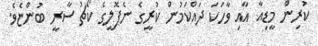
ކުރިން މީޑިއާ އާއި ވާހަކަ ދައްކަމުން ކުރީގެ ނެޕޮލީގެ ކޯޗު ސާރީ ބުންޏެވެ.